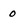
Character: 0